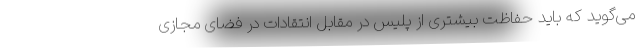
می‌گوید که باید حفاظت بیشتری از پلیس در مقابل انتقادات در فضای مجازی